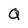
Character: Q